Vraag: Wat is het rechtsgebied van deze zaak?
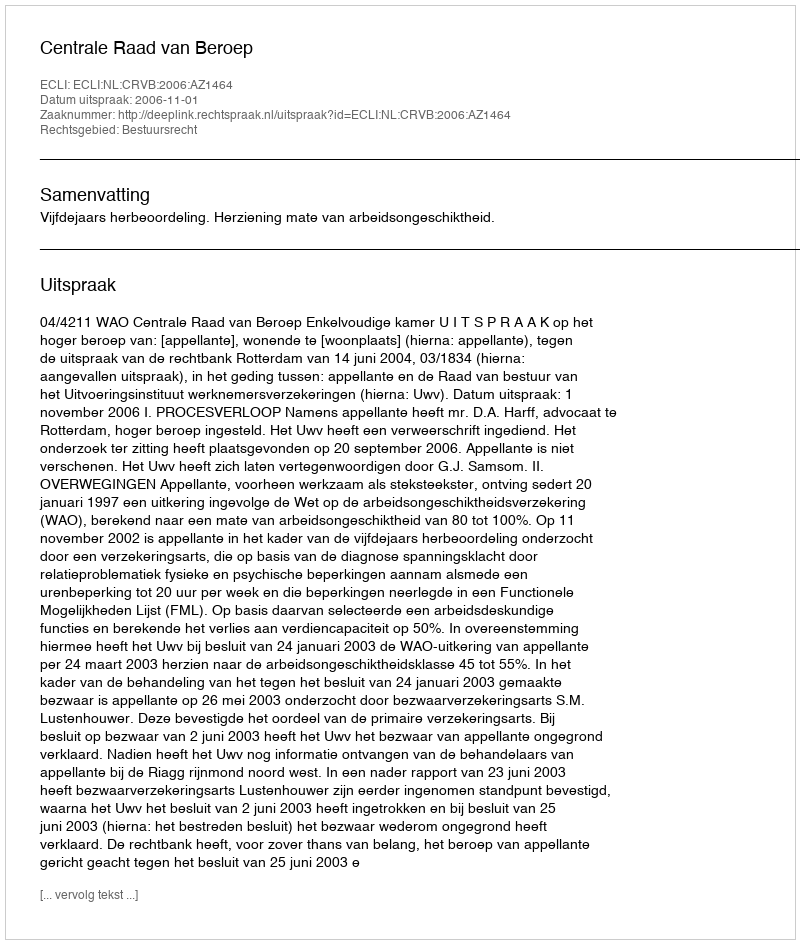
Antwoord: Bestuursrecht